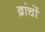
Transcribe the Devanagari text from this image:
ब्रांचों